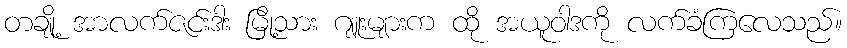
တချို့ အာလက်ဇင်းဒါး မြို့သား ဂျူးများက ထို အယူဝါဒကို လက်ခံကြလေသည်။